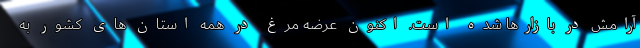
آرامش در بازارها شده است. اکنون عرضه مرغ در همه استان های کشور به